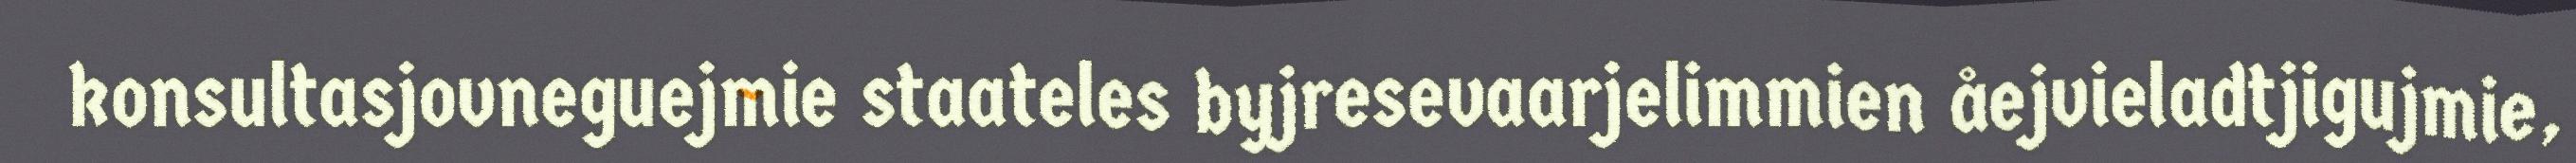
konsultasjovneguejmie staateles byjresevaarjelimmien åejvieladtjigujmie,